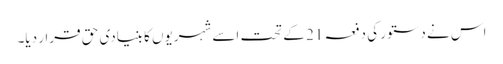
اس نے دستور کی دفعہ 21 کے تحت اسے شہریوں کا بنیادی حق قرار دیا۔